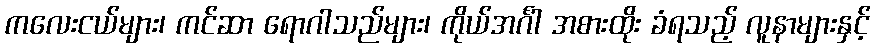
ကလေးငယ်များ၊ ကင်ဆာ ရောဂါသည်များ၊ ကိုယ်အင်္ဂါ အစားထိုး ခံရသည့် လူနာများနှင့်